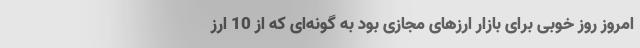
امروز روز خوبی برای بازار ارزهای مجازی بود به گونه‌ای که از 10 ارز